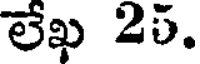
లేఖ 25.